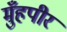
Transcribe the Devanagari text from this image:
मुँहपीर